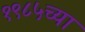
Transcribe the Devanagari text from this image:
१९८५च्या